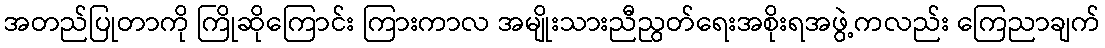
အတည်ပြုတာကို ကြိုဆိုကြောင်း ကြားကာလ အမျိုးသားညီညွတ်ရေးအစိုးရအဖွဲ့ကလည်း ကြေညာချက်